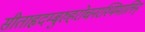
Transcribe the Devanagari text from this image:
सीताहृदम्बुरुहरोचनरश्मिमालिन्